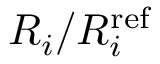
R _ { i } / R _ { i } ^ { \mathrm { r e f } }